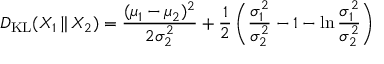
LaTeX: D _ { \mathrm { K L } } ( X _ { 1 } \, \| \, X _ { 2 } ) = { \frac { ( \mu _ { 1 } - \mu _ { 2 } ) ^ { 2 } } { 2 \sigma _ { 2 } ^ { 2 } } } + { \frac { 1 } { 2 } } \left( { \frac { \sigma _ { 1 } ^ { 2 } } { \sigma _ { 2 } ^ { 2 } } } - 1 - \ln { \frac { \sigma _ { 1 } ^ { 2 } } { \sigma _ { 2 } ^ { 2 } } } \right)